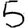
Digit: 5